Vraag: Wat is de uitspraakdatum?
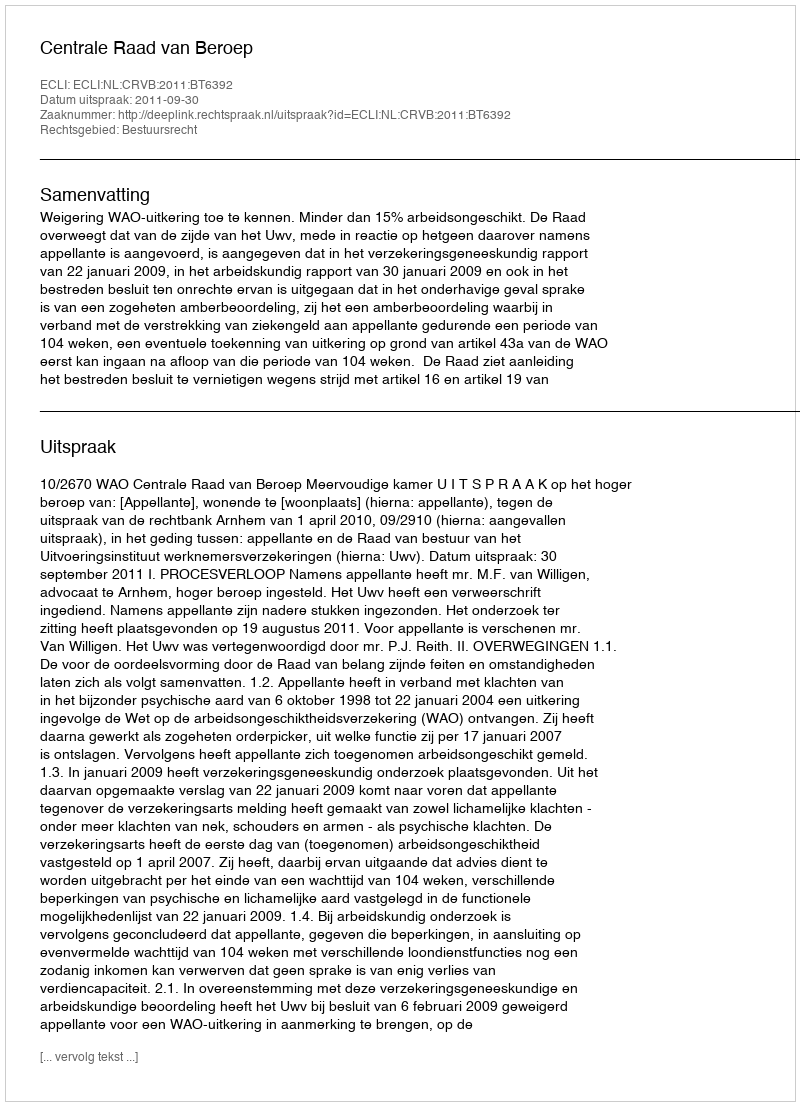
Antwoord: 2011-09-30